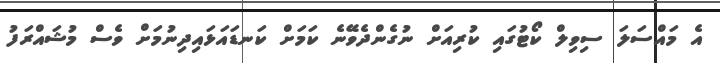
އެ މައްސަލަ ސިވިލް ކޯޓުގައި ކުރިއަށް ނުގެންދެވޭނެ ކަމަށް ކަނޑައަޅައިދިނުމަށް ވެސް މުޝައްރަފު